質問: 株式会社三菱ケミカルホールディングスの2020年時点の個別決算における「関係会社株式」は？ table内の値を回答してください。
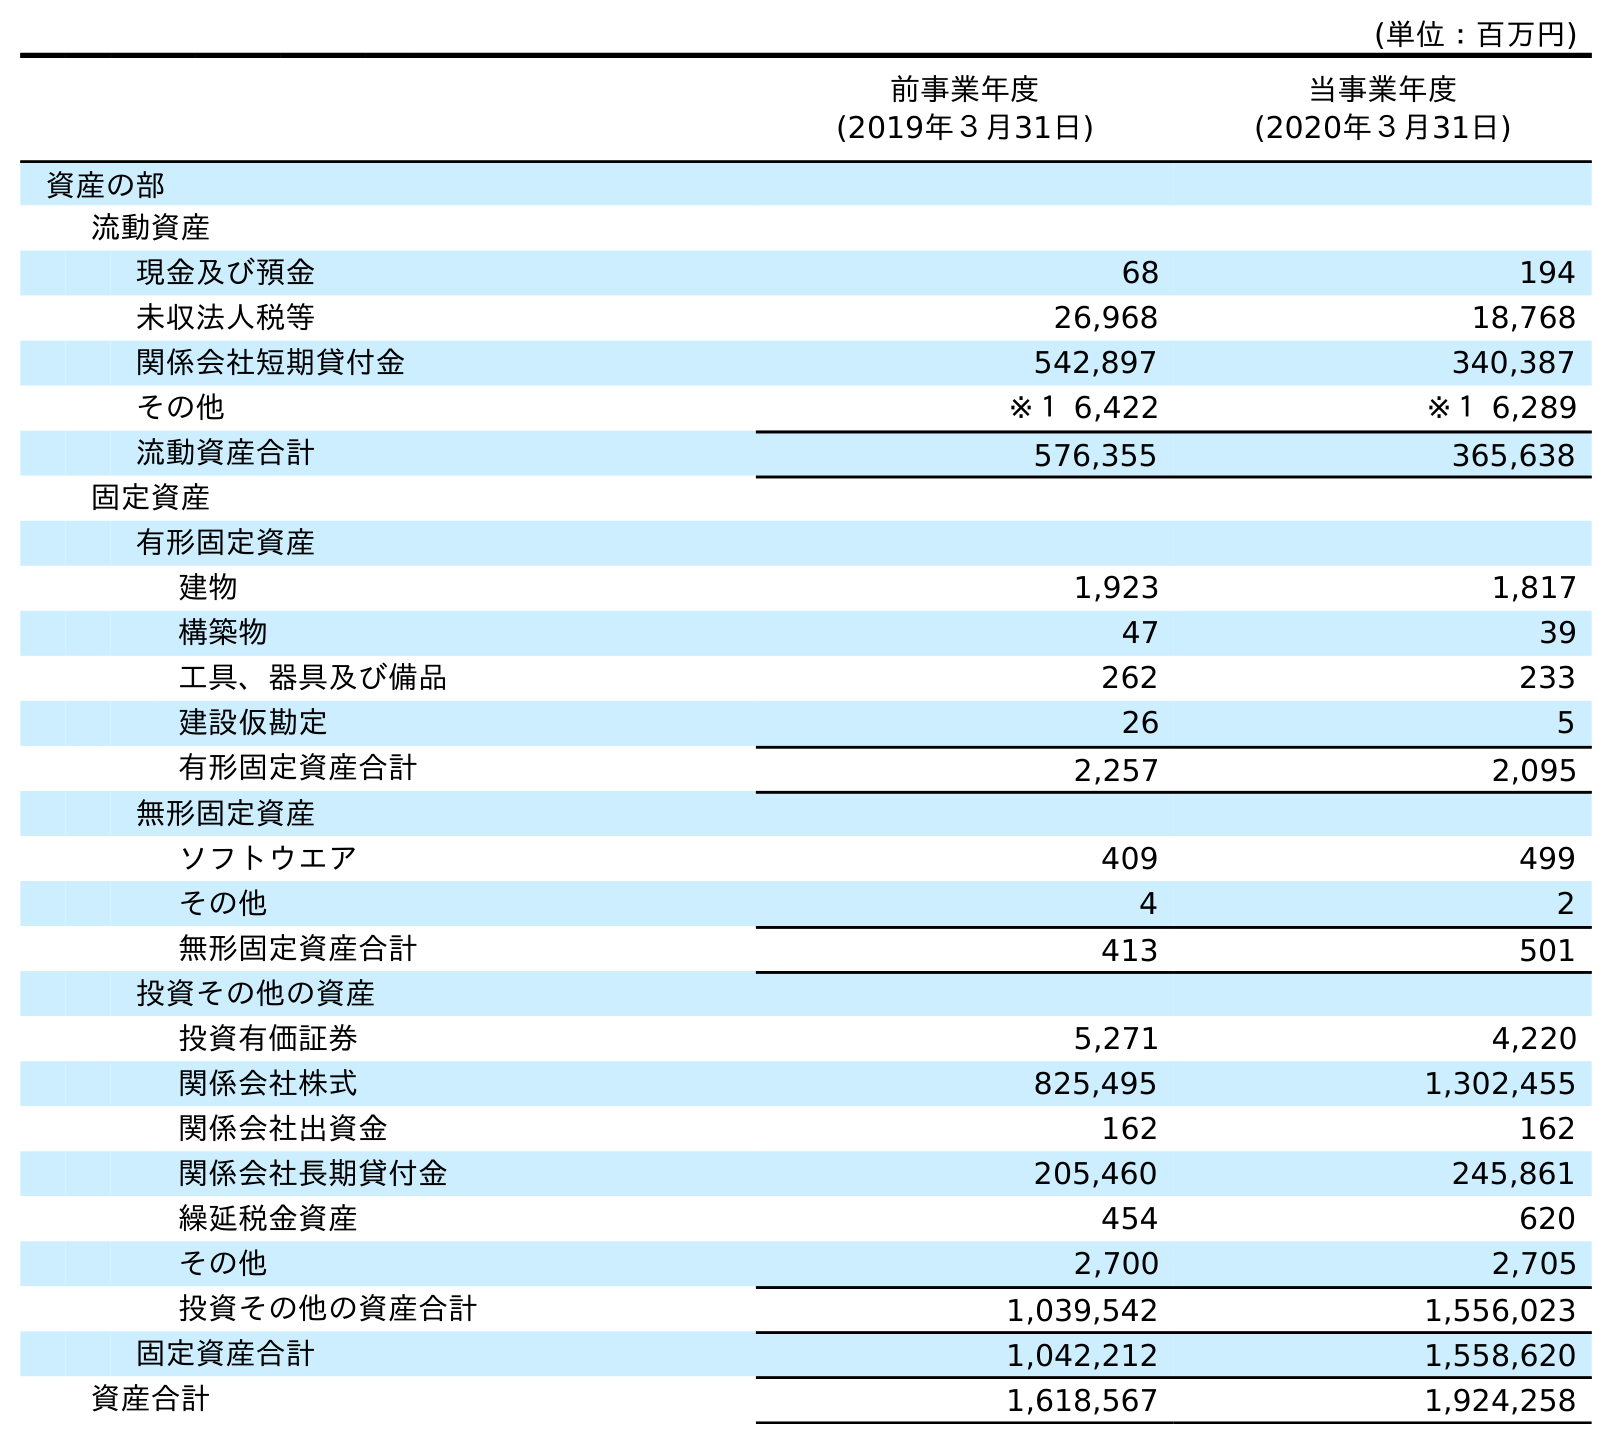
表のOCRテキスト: (単位：百万円) 前事業年度 (2019年３月31日) 当事業年度 (2020年３月31日) 資産の部 流動資産 現金及び預金 68 194 未収法人税等 26,968 18,768 関係会社短期貸付金 542,897 340,387 その他 ※１ 6,422 ※１ 6,289 流動資産合計 576,355 365,638 固定資産 有形固定資産 建物 1,923 1,817 構築物 47 39 工具、器具及び備品 262 233 建設仮勘定 26 5 有形固定資産合計 2,257 2,095 無形固定資産 ソフトウエア 409 499 その他 4 2 無形固定資産合計 413 501 投資その他の資産 投資有価証券 5,271 4,220 関係会社株式 825,495 1,302,455 関係会社出資金 162 162 関係会社長期貸付金 205,460 245,861 繰延税金資産 454 620 その他 2,700 2,705 投資その他の資産合計 1,039,542 1,556,023 固定資産合計 1,042,212 1,558,620 資産合計 1,618,567 1,924,258
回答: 1,302,455